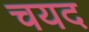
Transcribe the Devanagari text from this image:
चयद